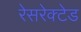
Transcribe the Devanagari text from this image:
रेसरेक्टेड